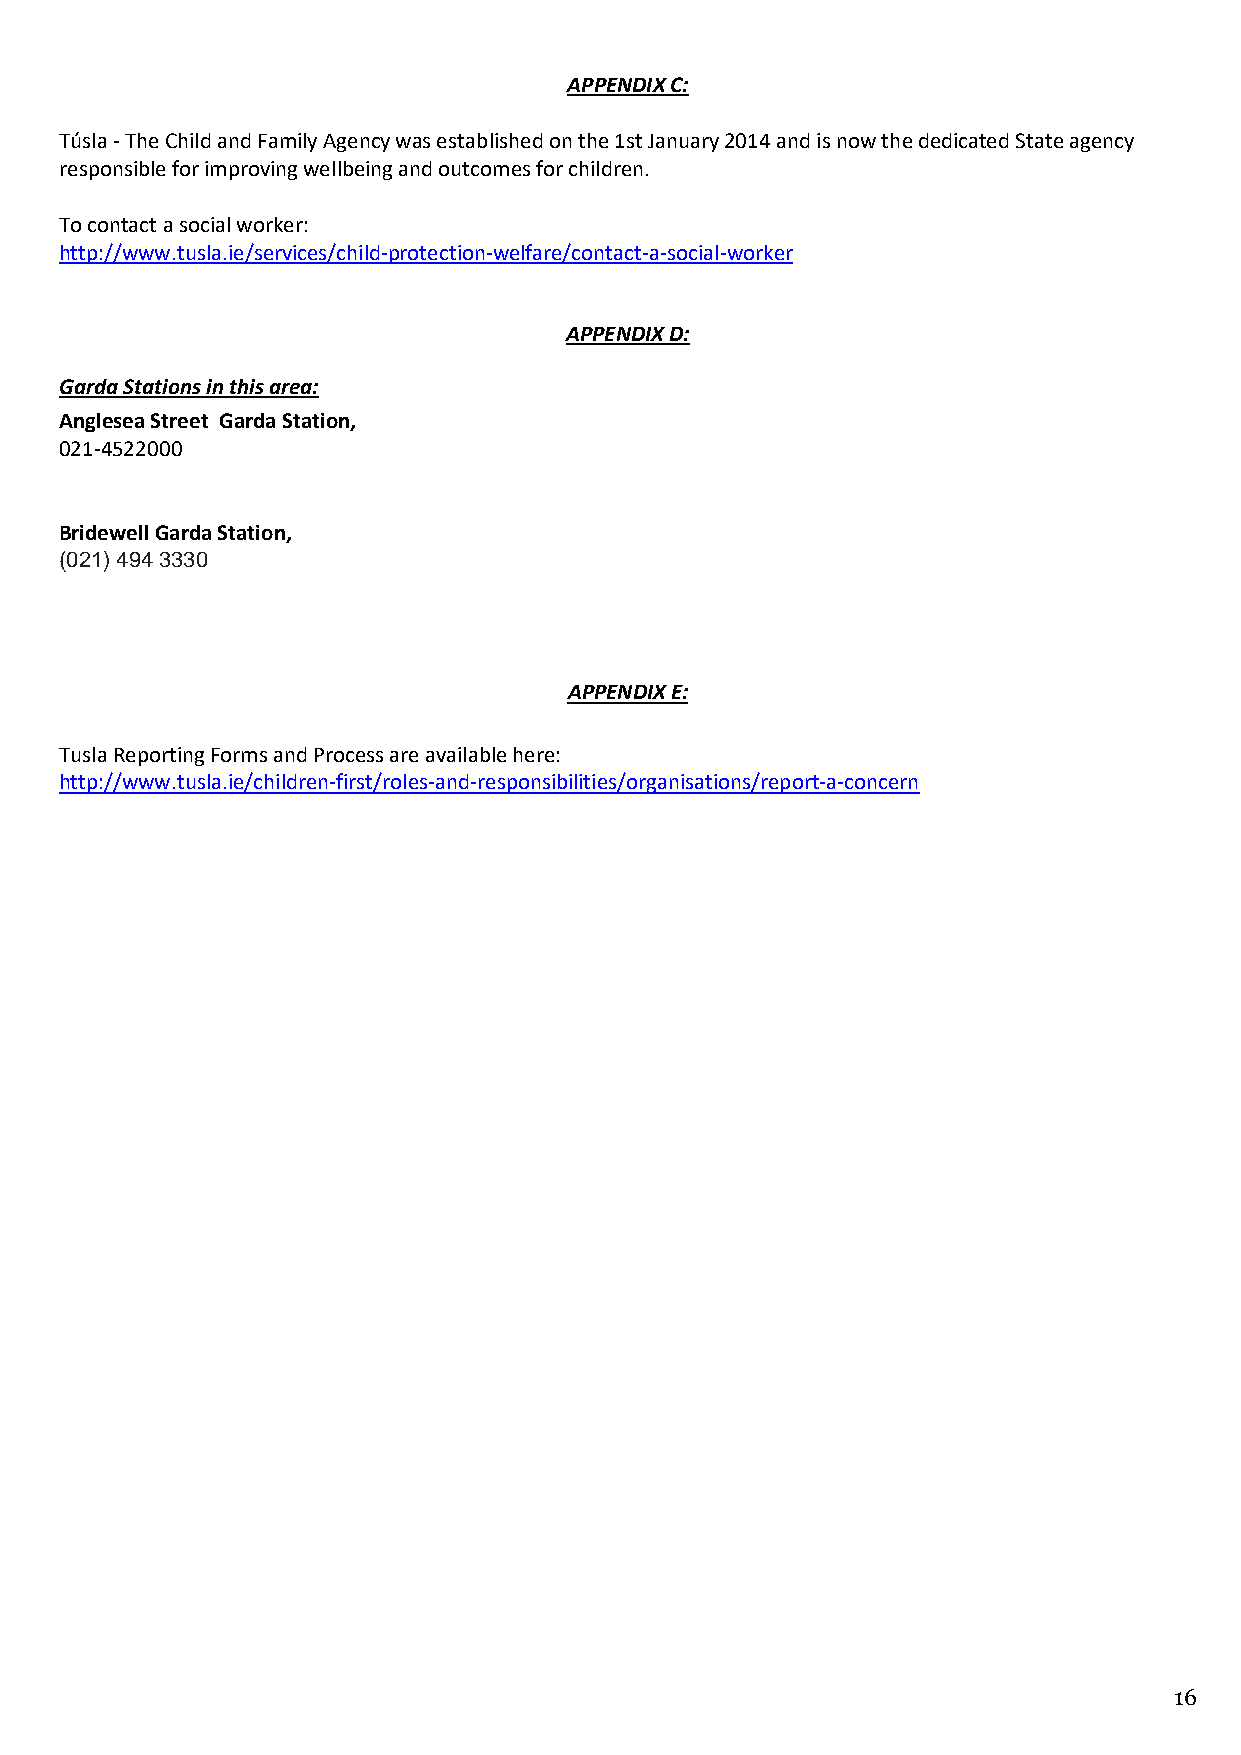
APPENDIX C:
 Túsla - The Child and Family Agency was established on the 1st January 2014 and is now the dedicated State agency
 responsible for improving wellbeing and outcomes for children.
 To contact a social worker:
 http://www.tusla.ie/services/child-protection-welfare/contact-a-social-worker
 APPENDIX D:
 Garda Stations in this area:
 Anglesea Street Garda Station,
 021-4522000
 Bridewell Garda Station,
 (021) 494 3330
 APPENDIX E:
 Tusla Reporting Forms and Process are available here:
 http://www.tusla.ie/children-first/roles-and-responsibilities/organisations/report-a-concern
 16